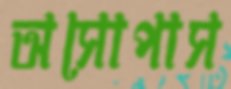
অসোপাস